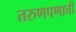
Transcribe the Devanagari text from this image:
तरुणपणाची